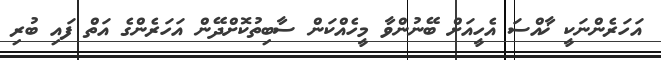
އަހަރެންނަކީ ޚާއްސަ އެހީއަށް ބޭނުންވާ މީހެއްކަން ސާބިތުކޮށްދޭން އަހަރެންގެ އަތް ފައި ބުރި